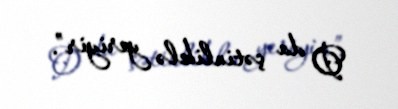
O da çətinliklə yeriyir”.